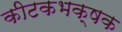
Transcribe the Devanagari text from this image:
कीटकभक्षक